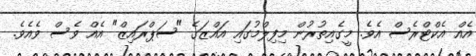
އެއް އެކްޓްރެސް އެވެ. މީގެއިތުރުން މިފިލްމުގައި އައްޒަގެ "ސަޕްރައިޒް" އެއް ވެސް ވެއެވެ.